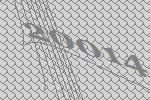
20014